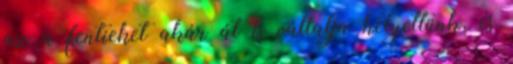
az a fentieket akár át is vállalja helyettünk, és